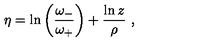
\eta = \ln \left( \frac { \omega _ { - } } { \omega _ { + } } \right) + \frac { \ln z } { \rho } \ ,